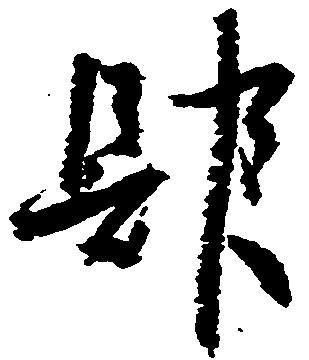
肆